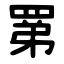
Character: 罤